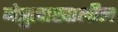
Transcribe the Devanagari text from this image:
नेत्रुत्वाखालील